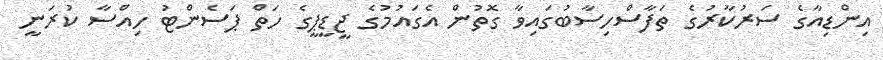
އިންޑިއާގެ ސަރުކާރުގެ ތަފާސްހިސާބުގައިވާ ގޮތުން އެގައުމުގެ ޖީޑީޕީގެ ހަތް ޕަސެންޓު ހިއްސާ ކުރަނީ